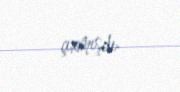
çıxmışdı.